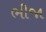
ભીજા